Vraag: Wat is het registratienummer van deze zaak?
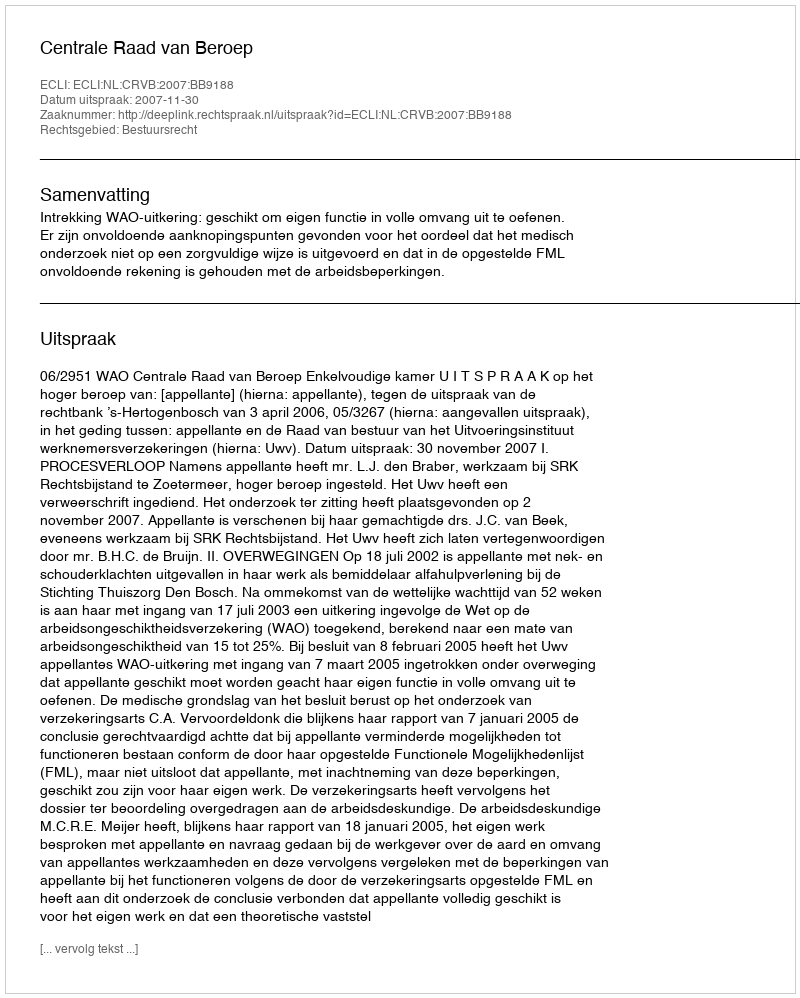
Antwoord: http://deeplink.rechtspraak.nl/uitspraak?id=ECLI:NL:CRVB:2007:BB9188